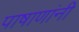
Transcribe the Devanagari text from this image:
पाषाणांनी